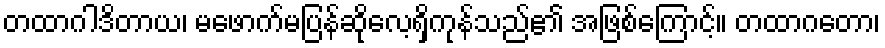
တထာဂါဒိတာယ၊ မဖောက်မပြန်ဆိုလေ့ရှိကုန်သည်၏ အဖြစ်ကြောင့်။ တထာဂတော၊